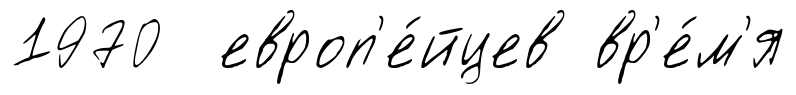
1970 европ'е́йцев вр'е́м'я